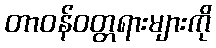
တာဝန်ဝတ္တရားများကို